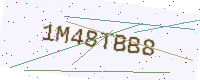
Text: 1M48TBB8